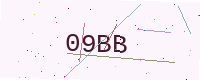
Text: 09BB